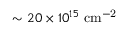
\sim 2 0 \times 1 0 ^ { 1 5 } \ \mathrm { c m ^ { - 2 } }